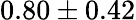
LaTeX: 0.80\pm 0.42